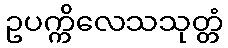
ဥပက္ကိလေသသုတ္တံ